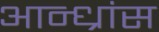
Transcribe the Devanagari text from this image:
आन्ध्रांस